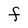
Character: F